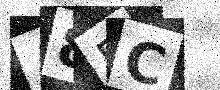
Text: A8FC